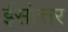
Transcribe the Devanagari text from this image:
ईसोत्तर